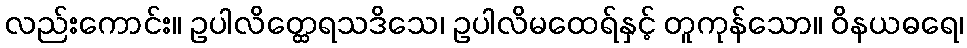
လည်းကောင်း။ ဥပါလိတ္ထေရသဒိသေ၊ ဥပါလိမထေရ်နှင့် တူကုန်သော။ ဝိနယဓရေ၊